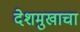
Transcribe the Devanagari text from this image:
देशमुखाचा